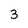
Character: 3